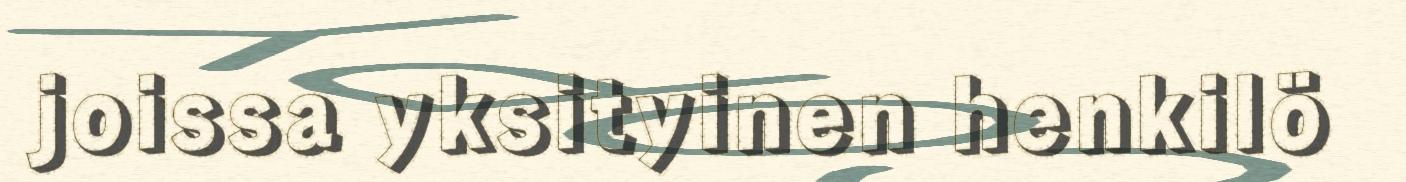
joissa yksityinen henkilö